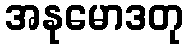
အနုမောဒတု